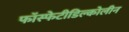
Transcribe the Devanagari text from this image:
फॉस्फेटीडिल्कोलीन